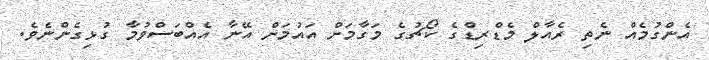
އެންގުމެއް ނެތި ރެއާލް މެޑްރިޑްގެ ކޯޗުގެ މަގާމަށް އައުމަށް އޭނާ އެއްބަސްވުމާ ގުޅިގެންނެވެ.